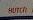
hutch